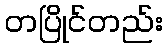
တပြိုင်တည်း